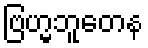
ဗြဟ္မဘူတေန